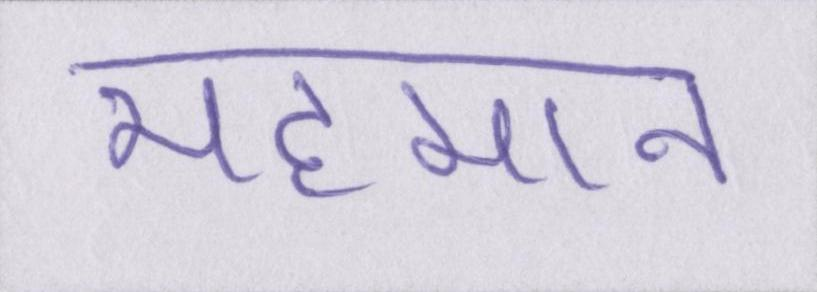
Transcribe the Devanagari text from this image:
महमान